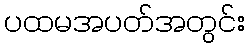
ပထမအပတ်အတွင်း